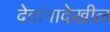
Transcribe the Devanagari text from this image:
देवांनादेखील